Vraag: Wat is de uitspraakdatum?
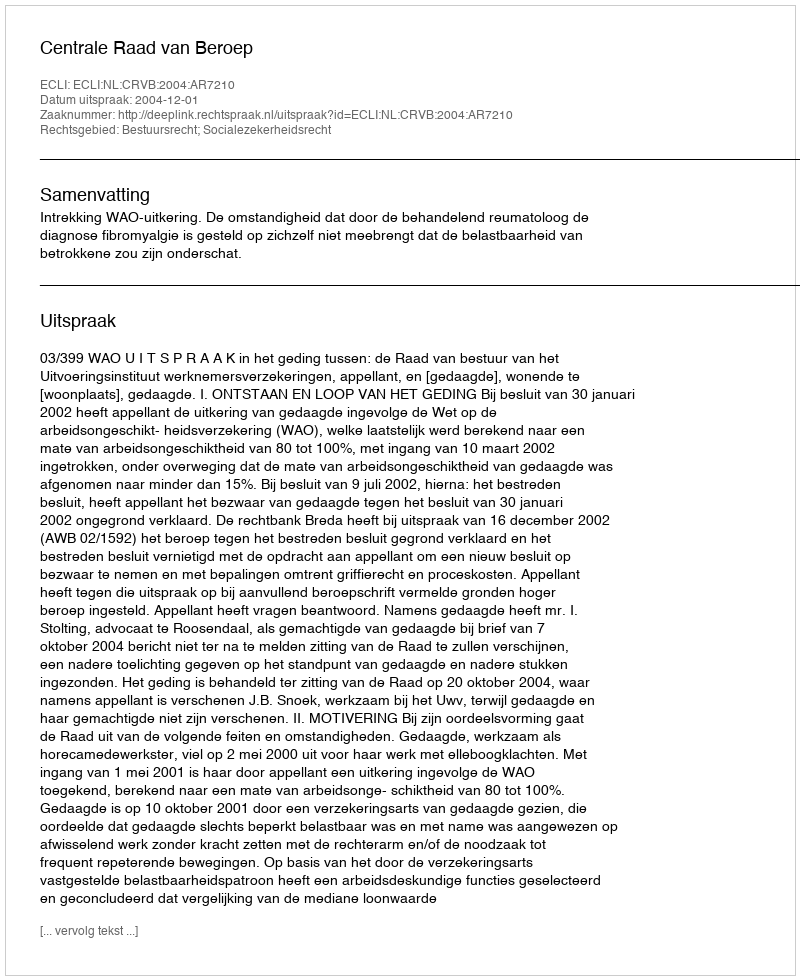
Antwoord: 2004-12-01